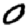
Digit: 0